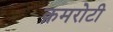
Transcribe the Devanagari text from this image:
क़मरोटी